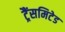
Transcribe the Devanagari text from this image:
ट्रैंसमिटेड